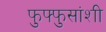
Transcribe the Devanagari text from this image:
फुफ्फुसांशी